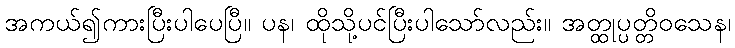
အကယ်၍ကားပြီးပါပေပြီ။ ပန၊ ထိုသို့ပင်ပြီးပါသော်လည်း။ အတ္ထုပ္ပတ္တိဝသေန၊